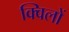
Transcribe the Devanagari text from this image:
क्विलों